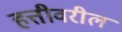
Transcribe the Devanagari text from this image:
हत्तीवरील